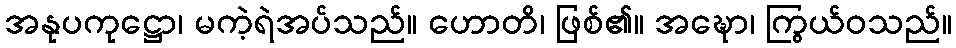
အနုပကုဋ္ဌော၊ မကဲ့ရဲအပ်သည်။ ဟောတိ၊ ဖြစ်၏။ အဍ္ဎော၊ ကြွယ်ဝသည်။